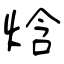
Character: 焓